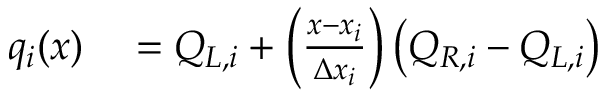
\begin{array} { r l } { q _ { i } ( x ) } & { { } = Q _ { L , i } + \left( \frac { x - x _ { i } } { \Delta x _ { i } } \right) \left( Q _ { R , i } - Q _ { L , i } \right) } \end{array}